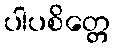
ပါပစိတ္တေ